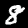
Digit: 8